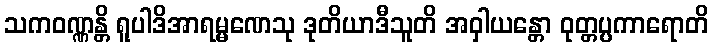
သကဝဏ္ဏန္တိ ရူပါဒိအာရမ္မဏေသု ဒုတိယာဒီသူတိ အဝှါယန္တော ဝုတ္တပ္ပကာရောတိ